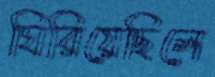
ঘিরিয়েছিলে